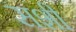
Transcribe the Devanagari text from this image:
सशी